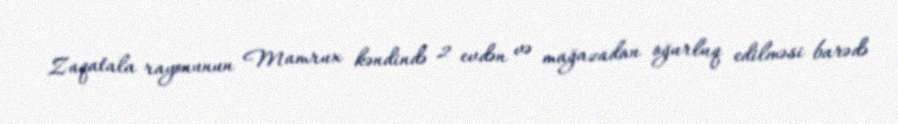
Zaqatala rayonunun Mamrux kəndində 2 evdən və mağazadan oğurluq edilməsi barədə